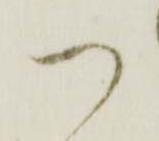
つ